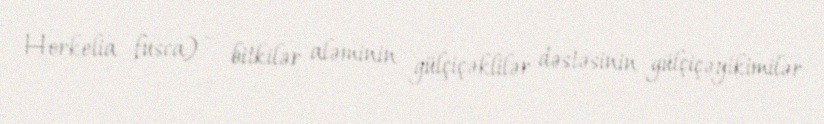
Horkelia fusca) — bitkilər aləminin gülçiçəklilər dəstəsinin gülçiçəyikimilər